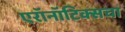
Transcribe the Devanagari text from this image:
एरॉनॉटिक्सचा